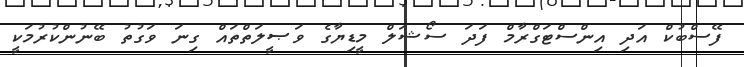
ފޭސްބުކް އަދި އިންސްޓަގްރާމް ފަދަ ސޯޝަލް މީޑިޔާގެ ވަޞީލަތްތައް ގިނަ ވަގުތު ބޭނުންކުރުމަކީ